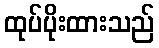
ထုပ်ပိုးထားသည်